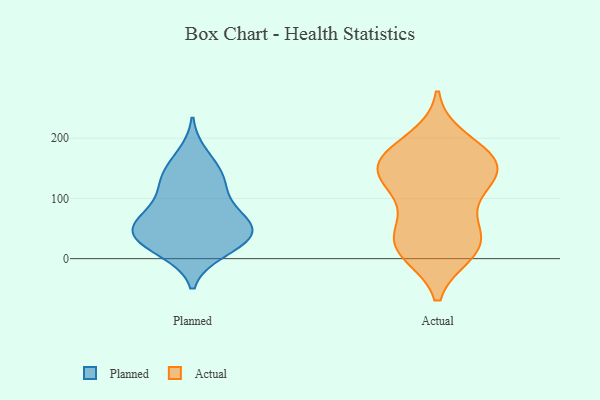
{"axis": {"x": "Customer Acquisition Cost (USD)", "y": "Value"}, "legend": ["Actual", "Planned"], "data": [{"x": "", "y": 11, "type": "Planned"}, {"x": "", "y": 173, "type": "Planned"}, {"x": "", "y": 55, "type": "Planned"}, {"x": "", "y": 65, "type": "Planned"}, {"x": "", "y": 113, "type": "Planned"}, {"x": "", "y": 135, "type": "Planned"}, {"x": "", "y": 13, "type": "Planned"}, {"x": "", "y": 32, "type": "Planned"}, {"x": "", "y": 72, "type": "Planned"}, {"x": "", "y": 41, "type": "Planned"}, {"x": "", "y": 126, "type": "Planned"}, {"x": "", "y": 47, "type": "Planned"}, {"x": "", "y": 47, "type": "Planned"}, {"x": "", "y": 147, "type": "Planned"}, {"x": "", "y": 33, "type": "Planned"}, {"x": "", "y": 86, "type": "Planned"}, {"x": "", "y": 198, "type": "Actual"}, {"x": "", "y": 158, "type": "Actual"}, {"x": "", "y": 10, "type": "Actual"}, {"x": "", "y": 152, "type": "Actual"}, {"x": "", "y": 22, "type": "Actual"}, {"x": "", "y": 180, "type": "Actual"}, {"x": "", "y": 119, "type": "Actual"}, {"x": "", "y": 24, "type": "Actual"}, {"x": "", "y": 31, "type": "Actual"}, {"x": "", "y": 171, "type": "Actual"}, {"x": "", "y": 11, "type": "Actual"}, {"x": "", "y": 149, "type": "Actual"}, {"x": "", "y": 51, "type": "Actual"}, {"x": "", "y": 75, "type": "Actual"}, {"x": "", "y": 121, "type": "Actual"}, {"x": "", "y": 151, "type": "Actual"}, {"x": "", "y": 136, "type": "Actual"}]}